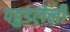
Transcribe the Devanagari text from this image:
पहुडलेली